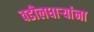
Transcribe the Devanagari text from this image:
वडीलधार्‍यांना